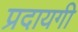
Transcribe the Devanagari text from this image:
प्रदायगी